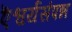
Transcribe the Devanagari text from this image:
ऎश्वर्यसंपन्न